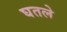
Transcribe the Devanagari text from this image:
घतले